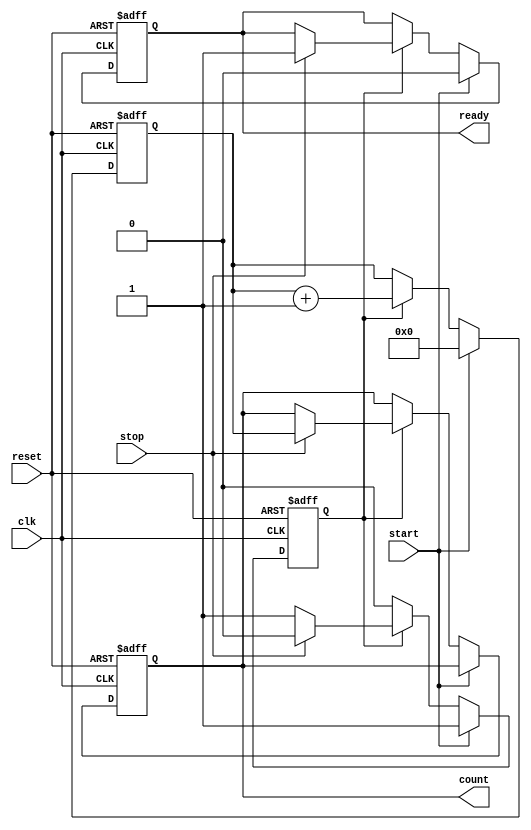
module TDC (
    input wire clk,            // High-frequency clock input
    input wire start,          // Start signal
    input wire stop,           // Stop signal
    input wire reset,          // Asynchronous reset
    output reg [15:0] count,   // 16-bit output count representing the time interval
    output reg ready           // Ready signal to indicate output validity
);

    reg measuring;             // State to indicate if measurement is ongoing
    reg [15:0] counter;        // 16-bit counter for time measurement

    // Clock Generator (for simulation purposes, assuming clk is provided externally)
    // In real implementation, this would be an on-chip oscillator or PLL.

    // Counter process
    always @(posedge clk or posedge reset) begin
        if (reset) begin
            counter <= 16'b0;
            count <= 16'b0;
            measuring <= 1'b0;
            ready <= 1'b0;
        end else if (start) begin
            counter <= 16'b0;      // Reset counter on start signal
            measuring <= 1'b1;     // Start measuring
            ready <= 1'b0;         // Not ready until stopped
        end else if (measuring) begin
            counter <= counter + 1; // Increment counter on each clock cycle
            if (stop) begin
                count <= counter;   // Capture count value on stop signal
                measuring <= 1'b0;  // Stop measuring
                ready <= 1'b1;      // Set ready signal
            end
        end
    end

endmodule